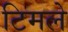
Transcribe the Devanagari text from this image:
टिमले